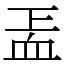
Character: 𧖬